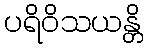
ပရိဝိသယန္တိ